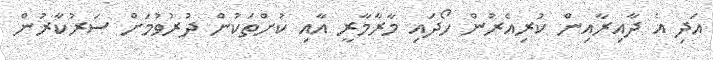
އަދި އެ ދާއިރާއިން ކުރިއެރުން ހޯދައި މާރާމާރީ އާއި ކުށްތަކުން ދުރުވުމަށް ސަރުކާރުން